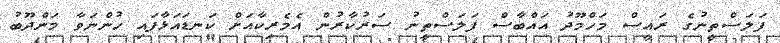
ފަލަސްތީނުގެ ރައީސް މަހްމޫދު އައްބާސް ފަލަސްތީނު ސަރުކާރުން އެމެރިކާއަށް ކަނޑައަޅާފައި ހުންނަވާ މަންދޫބު